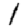
Digit: 1